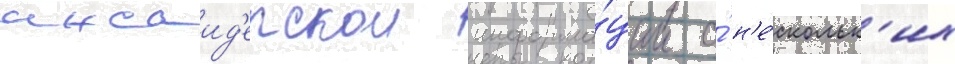
инсаид'ерскои информа́ции о́ н'е́скольк'их